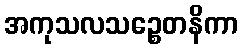
အကုသလသဉ္စေတနိကာ